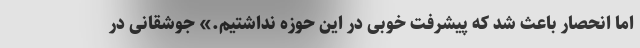
اما انحصار باعث شد که پیشرفت خوبی در این حوزه نداشتیم.» جوشقانی در